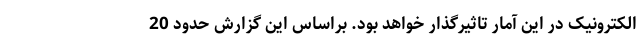
الکترونیک در این آمار تاثیرگذار خواهد بود. براساس این گزارش حدود 20